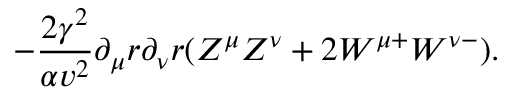
- \frac { 2 \gamma ^ { 2 } } { \alpha v ^ { 2 } } \partial _ { \mu } r \partial _ { \nu } r ( Z ^ { \mu } Z ^ { \nu } + 2 W ^ { \mu + } W ^ { \nu - } ) .